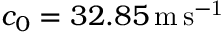
c _ { 0 } = 3 2 . 8 5 \mathrm { \, m \, s ^ { - 1 } }